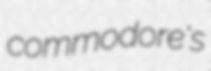
commodore's